Scottish Leaving Certificate Examination, 1956
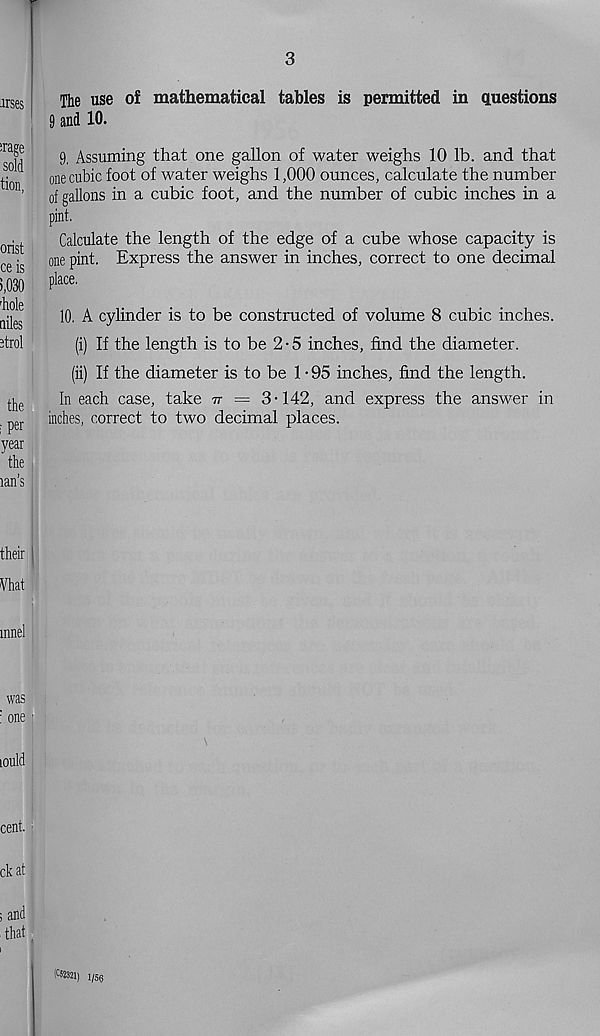
3
arses
irage
sold
tion,
orist
ce is
>,030
diole
dies
etrol
the
i P er
year
the
rail’s
The use of mathematical tables is permitted in questions
9 and 10.
9. Assuming that one gallon of water weighs 10 lb. and that
one cubic foot of water weighs 1,000 ounces, calculate the number
of gallons in a cubic foot, and the number of cubic inches in a
pint.
Calculate the length of the edge of a cube whose capacity is
one pint. Express the answer in inches, correct to one decimal
place.
10. A cylinder is to be constructed of volume 8 cubic inches.
(i) If the length is to be 2 • 5 inches, find the diameter.
(ii) If the diameter is to be 1 • 95 inches, find the length.
In each case, take tt = 3-142, and express the answer in
inches, correct to two decimal places.
their
Vhat
mnel
was
: one 1
lould
cent, j
ckat
i and
that